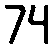
74